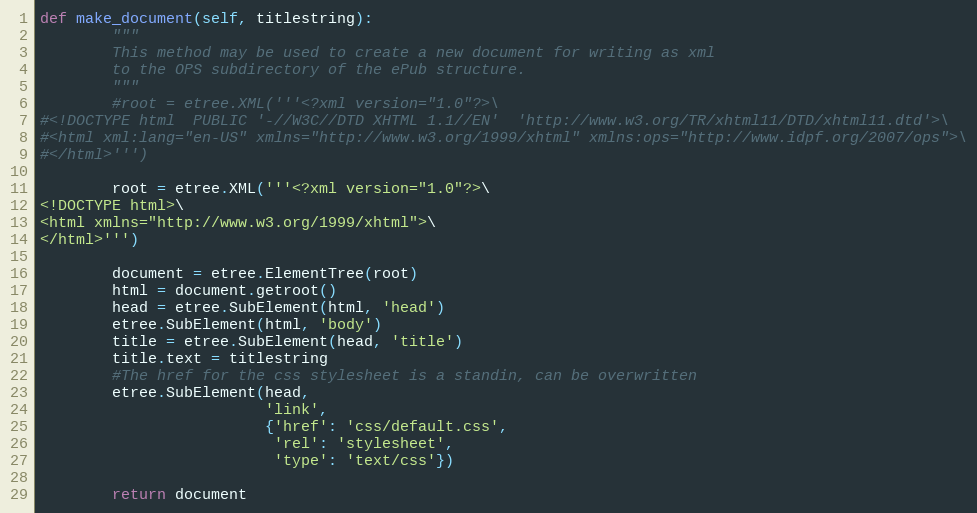
Language: Python
def make_document(self, titlestring):
        """
        This method may be used to create a new document for writing as xml
        to the OPS subdirectory of the ePub structure.
        """
        #root = etree.XML('''<?xml version="1.0"?>\
#<!DOCTYPE html  PUBLIC '-//W3C//DTD XHTML 1.1//EN'  'http://www.w3.org/TR/xhtml11/DTD/xhtml11.dtd'>\
#<html xml:lang="en-US" xmlns="http://www.w3.org/1999/xhtml" xmlns:ops="http://www.idpf.org/2007/ops">\
#</html>''')

        root = etree.XML('''<?xml version="1.0"?>\
<!DOCTYPE html>\
<html xmlns="http://www.w3.org/1999/xhtml">\
</html>''')

        document = etree.ElementTree(root)
        html = document.getroot()
        head = etree.SubElement(html, 'head')
        etree.SubElement(html, 'body')
        title = etree.SubElement(head, 'title')
        title.text = titlestring
        #The href for the css stylesheet is a standin, can be overwritten
        etree.SubElement(head,
                         'link',
                         {'href': 'css/default.css',
                          'rel': 'stylesheet',
                          'type': 'text/css'})

        return document